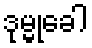
ဒုမ္မုခေါ